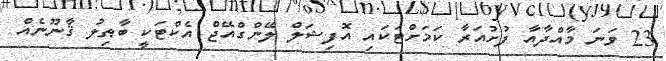
23 ވަނަ މާއްދާއާ ފުށުއަރާ ކަމަށްޓަކައި އޮފިޝަލް ލޭންގްއޭޖް އެކްޓަކީ ބާޠިލު ޤާނޫނެއް